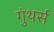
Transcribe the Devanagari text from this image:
गुंथर्स